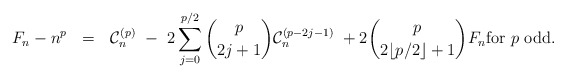
\begin{align*} F_n - n^p \ \ = \ \ \mathcal{C}_n^{(p)} \ - \ 2\sum_{j=0}^{p/2} \binom{p}{2j+1} \mathcal{C}_n^{(p-2j-1)} \ + 2 \binom{p}{2 \lfloor p/2 \rfloor + 1}F_n \mbox{for $p$ odd}.\end{align*}